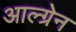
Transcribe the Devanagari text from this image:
आल्ग्रेन